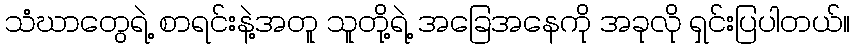
သံဃာတွေရဲ့ စာရင်းနဲ့အတူ သူတို့ရဲ့ အခြေအနေကို အခုလို ရှင်းပြပါတယ်။